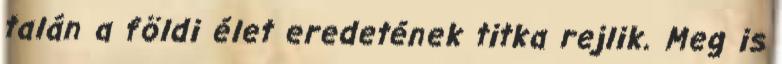
talán a földi élet eredetének titka rejlik. Meg is